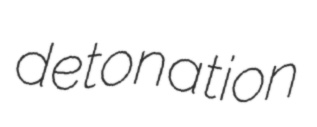
detonation